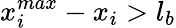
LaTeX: x_{i}^{max}-x_{i}>l_{b}